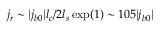
j _ { r } \sim | j _ { b 0 } | l _ { c } / 2 l _ { s } \exp ( 1 ) \sim 1 0 5 | j _ { b 0 } |